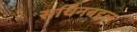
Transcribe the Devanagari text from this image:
सचिनबद्दल